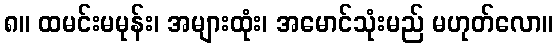
၈။ ထမင်းမမုန်း၊ အများထုံး၊ အမောင်သုံးမည် မဟုတ်လော။